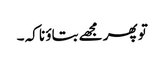
تو پھر مجھے بتاؤ نا کہ ۔